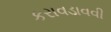
કરાવડાવવી